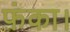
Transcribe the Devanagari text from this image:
फंका।